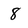
Character: 8